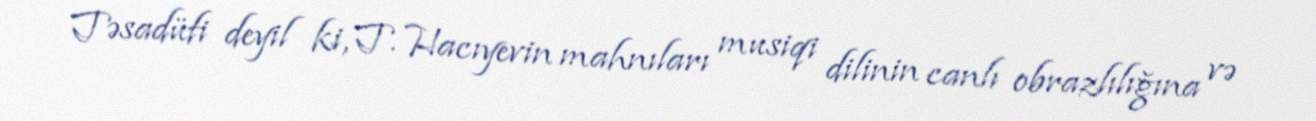
Təsadüfi deyil ki, T. Hacıyevin mahnıları musiqi dilinin canlı obrazlılığına və